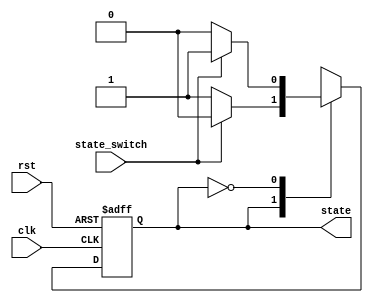
`timescale 1ns / 1ps
//////////////////////////////////////////////////////////////////////////////////
// Company: 
// Engineer: 
// 
// Design Name: 
// Module Name:    state_controll 
// Project Name: 
// Target Devices: 
// Tool versions: 
// Description: 
//
// Dependencies: 
//
// Revision: 
// Revision 0.01 - File Created
// Additional Comments: 
//
//////////////////////////////////////////////////////////////////////////////////
`define STATE_INPUT 1'b1
`define STATE_DISPLAY 1'b0

module state_controll(
	clk,
	rst,
	state,
	state_switch
);

	output reg state;
	input state_switch;
	input clk;
	input rst;
	reg state_next;

	always @*
		case(state)
			`STATE_INPUT:
			begin
				if(state_switch)
				begin
					state_next = `STATE_DISPLAY;
				end
				else
				begin
					state_next = `STATE_INPUT;
				end
			end
			`STATE_DISPLAY:
			begin
				if (state_switch)
				begin
					state_next = `STATE_INPUT;
				end
				else
				begin
					state_next = `STATE_DISPLAY;
				end
			end
			default:
			begin
				state_next = `STATE_INPUT;
			end
		endcase

	always @(posedge clk or posedge rst)
	begin
		if (rst)
		begin
			state <= `STATE_INPUT;
		end
		else
		begin
			state <= state_next;
		end
	end
endmodule